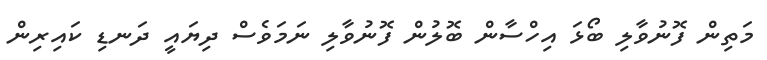
މަތިން ފޮނުވާލި ބޯޅަ އިހްސާން ބޮލުން ފޮނުވާލި ނަމަވެސް ދިޔައީ ދަނޑި ކައިރިން